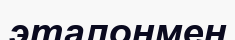
эталонмен